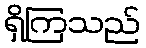
ရှိကြသည်